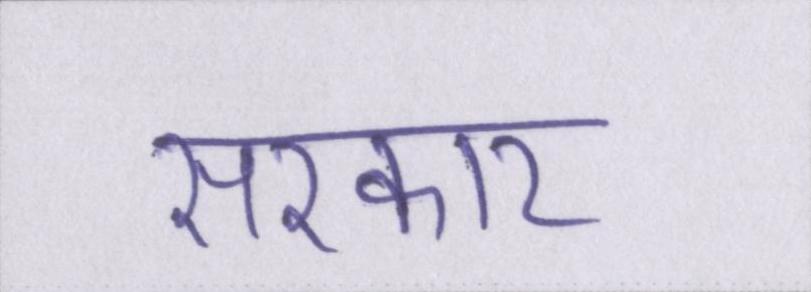
सरकार